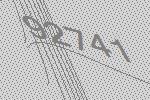
92741